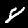
Digit: 8